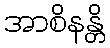
အာစိနန္တိ